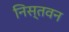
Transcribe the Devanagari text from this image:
निस्तवन